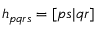
h _ { p q r s } = [ p s | q r ]